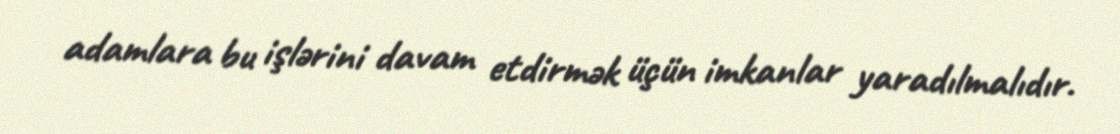
adamlara bu işlərini davam etdirmək üçün imkanlar yaradılmalıdır.